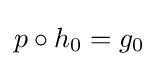
p\circ h_{0}=g_{0}